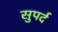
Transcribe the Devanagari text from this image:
सुपर्द